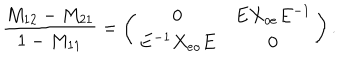
{ \frac { M _ { 1 2 } - M _ { 2 1 } } { 1 - M _ { 1 1 } } } = \left( \begin{array} { c c } { { 0 } } & { { E X _ { o e } E ^ { - 1 } } } \\ { { E ^ { - 1 } X _ { e o } E } } & { { 0 } } \\ \end{array} \right) .